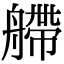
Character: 艜